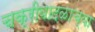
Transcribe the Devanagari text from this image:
चक्रीवादळाच्या